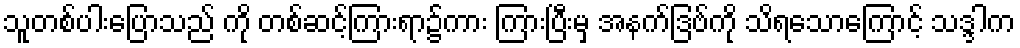
သူတစ်ပါးပြောသည် ကို တစ်ဆင့်ကြားရာ၌ကား ကြားပြီးမှ အနက်ဒြဗ်ကို သိရသောကြောင့် သဒ္ဒါက